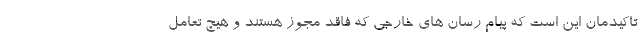
تاکیدمان این است که پیام رسان های خارجی که فاقد مجوز هستند و هیچ تعامل